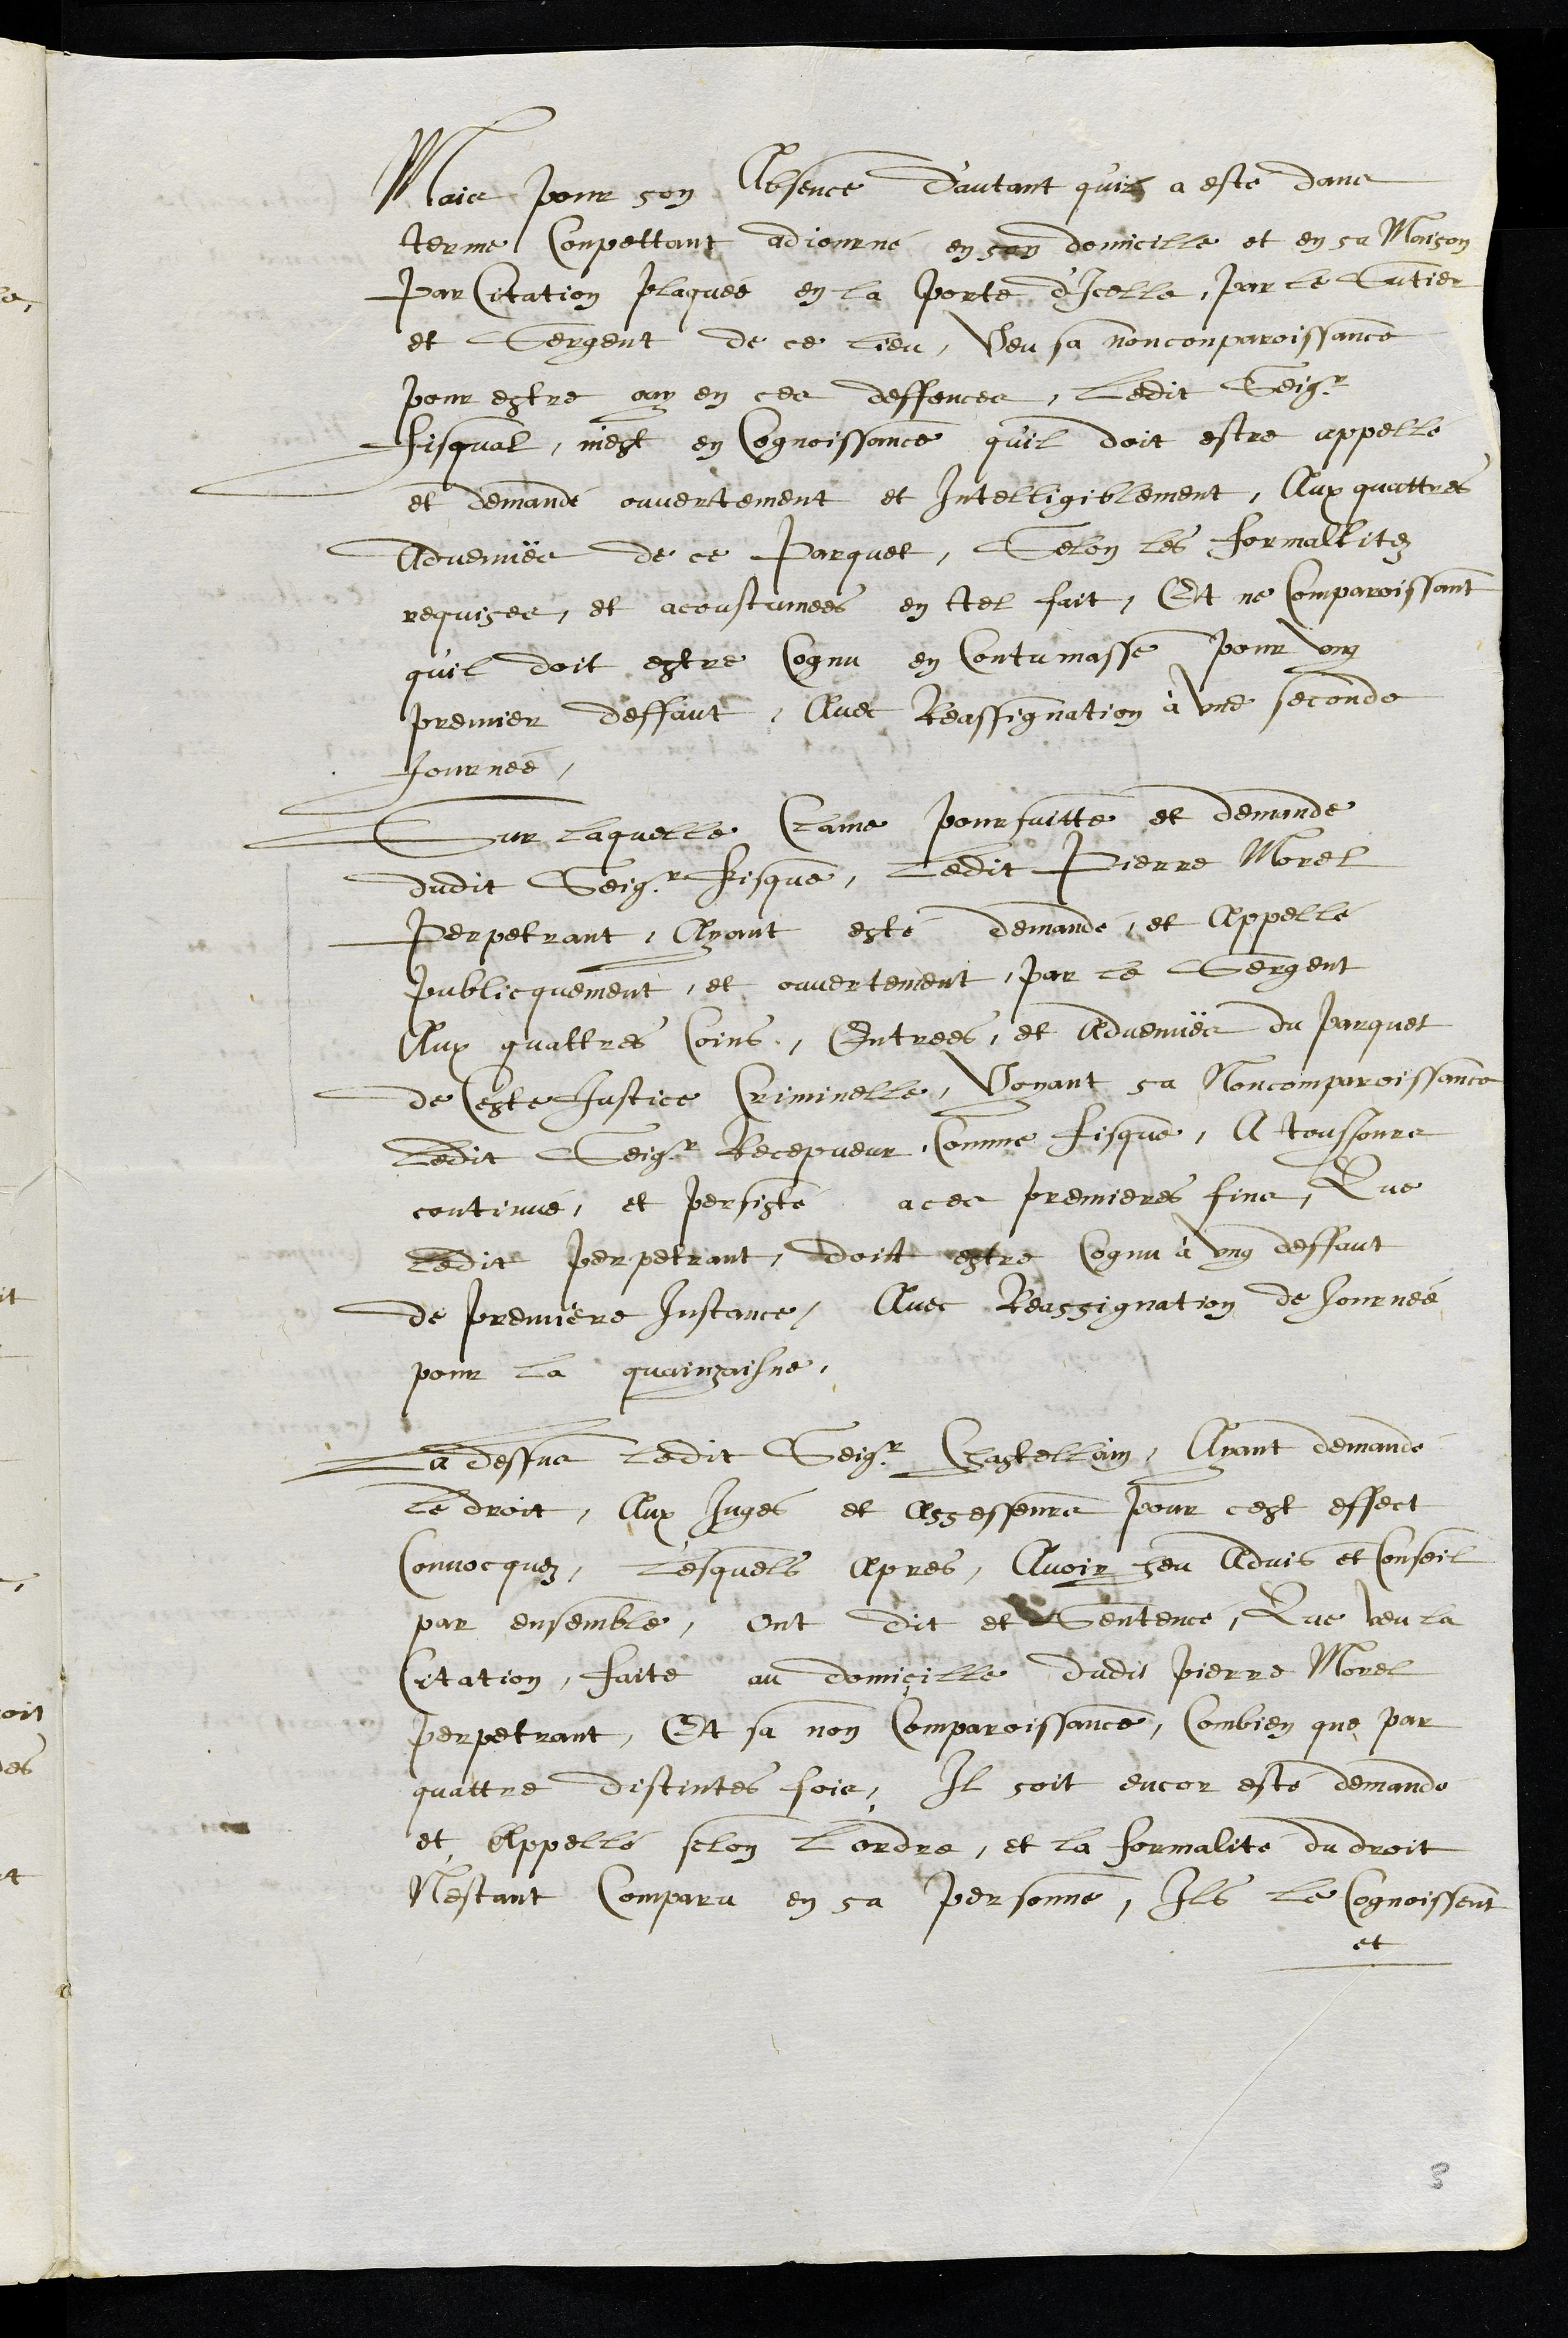
Mais pour son Absence d’autant qu'il a esté dans
terme Conpettant adjourné en son domicile et en sa Maison
Par Citation plaquée en la porte d'icelle, par le Sautier
et Sergent de ce lieu, Veu sa nonconparoissance
pour estre ouy en ces deffences, ledit Seigr
Fisqual, mest en cognoissance qu'il doit estre appellé
et demandé ouvertement et Intelligiblement, Aux quattres
Advenuës de ce Parquet, Selon les formallitez
requises, et acoustumees en tel fait, Et ne Comparoissant
qu'il doit estre Cognu en Contumasse, pour ung
premier deffaut, Avec Reassignation à une seconde
Journée.
Sur laquelle Clame poursuitte et demande
dudit Seigneur fisque, ledit Pierre Morel
Perpetrant, Ayant esté demandé, et appellé
publicquement, et ouvertement par le Sergent
Aux quattres Coins, Entrees, et Advenuës du parquet
de ceste Justice Criminelle, Voyant sa Noncomparoissance
ledit Seigr Recepveur Comme fisque, A tousjours
continué, et persisté a ces premieres fins Que
ledit perpetrant, doit estre Cognu à ung deffaut
de premiere Instance, Avec Reassignation de Journée,
pour la quainzaisne.
La dessus ledit Seigr Chastellain, Ayant demandé
le droit, Aux Juges et Assesseurs pour cest effect
Convocquez, Lesquels Apres, Avoir heu Advis et Conseil
par ensembre, ont dit et Sentencé, Que veu la
Citation, faite au domiçille dudit Pierre Morel
perpetrant, Et sa non Comparoissance, Combien que par
quattre distintes fois, Il soit encor esté demandé
et appellé selon l'ordre, et la formalite du droit
N'estant Comparu en sa personne, Ils le Cognoissent
et
3